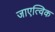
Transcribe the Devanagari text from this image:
जाएत्विक